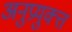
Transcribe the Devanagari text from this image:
अनुप्रयुक्त्त